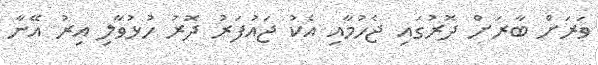
ވަރަށް ބާރަށް ދޮރުގައި ޖެހުމާއި އެކު ޖައުފަރު ދޮރު ހުޅުވާލި އިރު އޭނާ